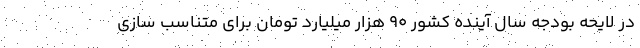
در لایحه بودجه سال آینده کشور ۹۰ هزار میلیارد تومان برای متناسب سازی